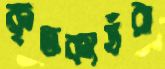
কৃতকার্যরা